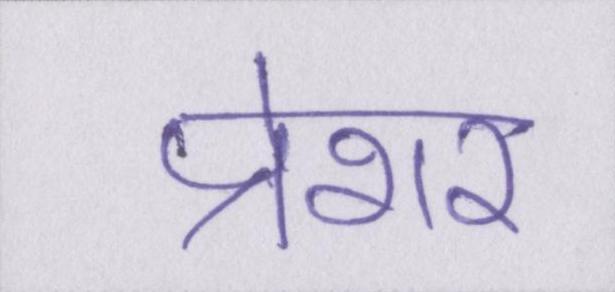
प्रेशर